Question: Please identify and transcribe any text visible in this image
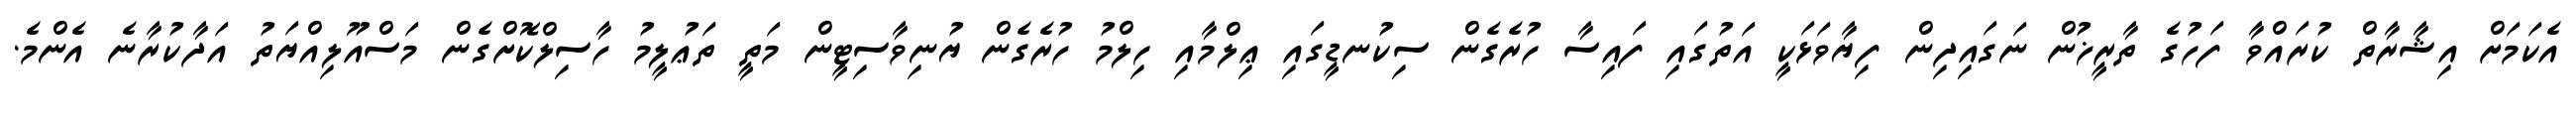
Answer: އެކަމަށް އިޝާރާތް ކުރައްވާ ފަހުގެ ތާރީޚުން ނަގައިދިން ފިޔާވަޅަކީ އަތުގައި ފައިސާ ހުރެގެން ސިކުނޑީގައި ޢިލްމާއި ހިލްމު ހުރެގެން ޔުނިވާސިޓީން މަތީ ތަޢުލީމު ހާސިލްކޮށްގެން މަސްއޫލިއްޔަތު އަދާކުރާނެ އެންމެ.